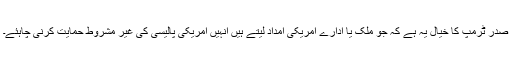
صدر ٹرمپ کا خیال یہ ہے کہ جو ملک یا ادارے امریکی امداد لیتے ہیں انہیں امریکی پالیسی کی غیر مشروط حمایت کرنی چاہئے۔